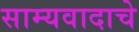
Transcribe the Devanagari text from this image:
साम्यवादाचे